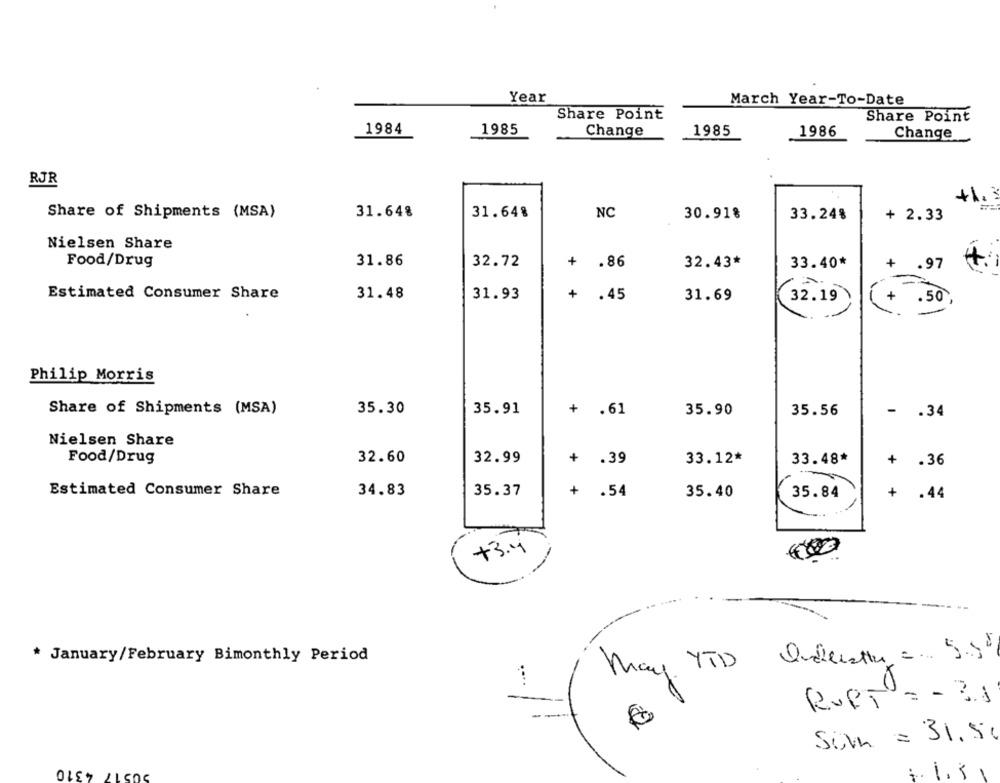
Year
March Year-To-Date
Share Point
Share Point
1984
1985
Change
1985
1986
Change
RJR
+1.
NC
Share of Shipments (MSA)
31.64%
31.64%
30.91%
33.24%
+ 2.33
Nielsen Share
Food/Drug
31.86
32.72
+ .86
32.43*
33.40*
+
.97
Estimated Consumer Share
31.48
31.93
+ .45
31.69
.50
32.19
Philip Morris
Share of Shipments (MSA)
35.30
35.91
+ .61
35.90
35.56
- . 34
Nielsen Share
Food/Drug
32.60
32.99
+ .39
33.12*
33.48*
+ .36
Estimated Consumer Share
34.83
35.37
+ .54
35.40
35.84
+ .44
+3.4
* January/February Bimonthly Period
May YTD
....
RUPT = - 31
Soln = 31.50
90517 4310